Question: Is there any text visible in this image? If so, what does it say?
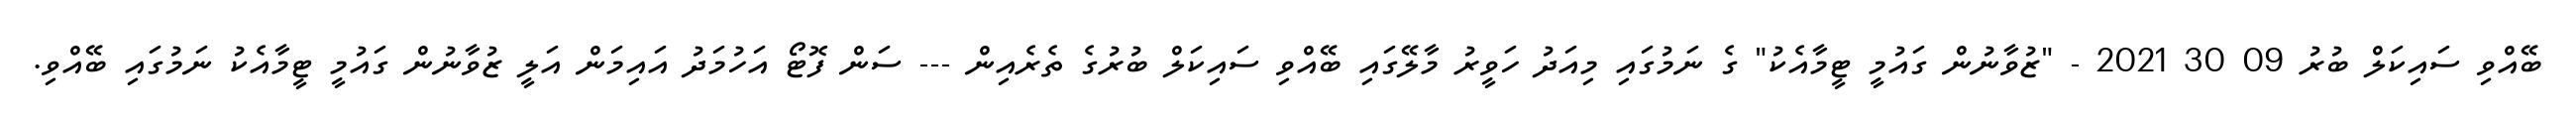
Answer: ބޭއްވި ސައިކަލް ބުރު 09 30 2021 - "ޒުވާނުން ގައުމީ ޓީމާއެކު" ގެ ނަމުގައި މިއަދު ހަވީރު މާލޭގައި ބޭއްވި ސައިކަލް ބުރުގެ ތެރެއިން --- ސަން ފޮޓޯ އަހުމަދު އައިމަން އަލީ ޒުވާނުން ގައުމީ ޓީމާއެކު ނަމުގައި ބޭއްވި.